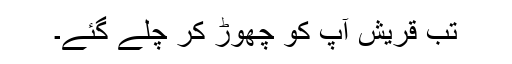
تب قریش آپؐ کو چھوڑ کر چلے گئے۔